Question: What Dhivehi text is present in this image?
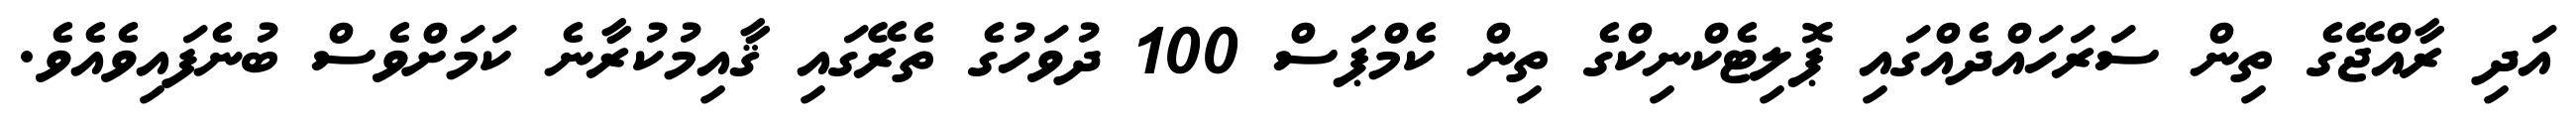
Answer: އަދި ރާއްޖޭގެ ތިން ސަރަހައްދެއްގައި ޕޮލިޓެކްނިކްގެ ތިން ކެމްޕަސް 100 ދުވަހުގެ ތެރޭގައި ޤާއިމުކުރާނެ ކަމަށްވެސް ބުނެފައިވެއެވެ.